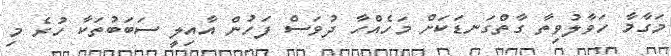
މަގާމާ ހަވާލުވިތާ ގާތްގަނޑަކަށް މަހެއްހާ ދުވަސް ފަހުން އާއިލީ ސަބަބުތަކާ ހުރެ މި